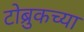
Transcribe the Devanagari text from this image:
टोब्रुकच्या